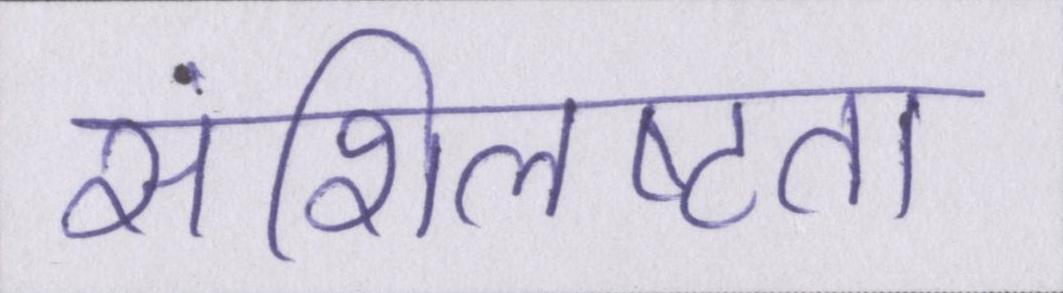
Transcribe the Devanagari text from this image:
संशिलष्टता